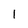
Character: 1